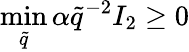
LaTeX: \operatorname*{min}_{\tilde{q}}{\alpha\tilde{q}^{-2}I_{2}}\geq 0